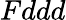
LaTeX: Fddd